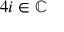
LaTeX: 4 i \in \mathbb { C }